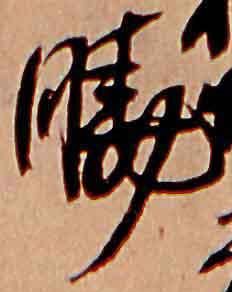
暁